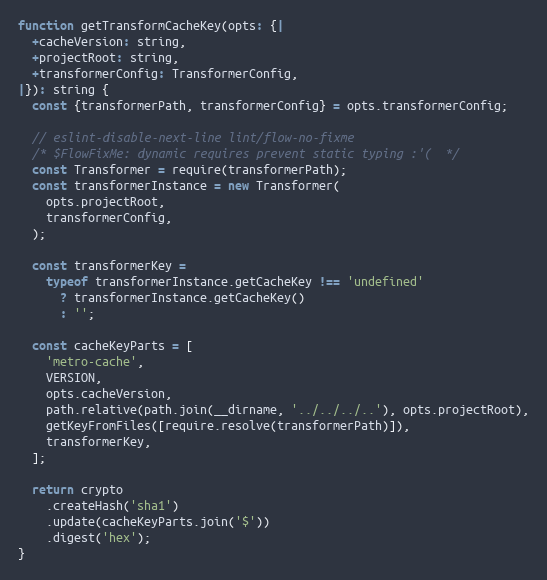
Language: JavaScript
function getTransformCacheKey(opts: {|
  +cacheVersion: string,
  +projectRoot: string,
  +transformerConfig: TransformerConfig,
|}): string {
  const {transformerPath, transformerConfig} = opts.transformerConfig;

  // eslint-disable-next-line lint/flow-no-fixme
  /* $FlowFixMe: dynamic requires prevent static typing :'(  */
  const Transformer = require(transformerPath);
  const transformerInstance = new Transformer(
    opts.projectRoot,
    transformerConfig,
  );

  const transformerKey =
    typeof transformerInstance.getCacheKey !== 'undefined'
      ? transformerInstance.getCacheKey()
      : '';

  const cacheKeyParts = [
    'metro-cache',
    VERSION,
    opts.cacheVersion,
    path.relative(path.join(__dirname, '../../../..'), opts.projectRoot),
    getKeyFromFiles([require.resolve(transformerPath)]),
    transformerKey,
  ];

  return crypto
    .createHash('sha1')
    .update(cacheKeyParts.join('$'))
    .digest('hex');
}